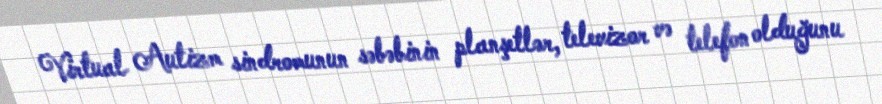
Virtual Autizm sindromunun səbəbinin planşetlər, televizor və telefon olduğunu